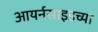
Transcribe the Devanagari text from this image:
आयर्नसाइडच्या